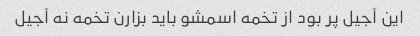
این آجیل پر بود از تخمه اسمشو باید بزارن تخمه نه آجیل